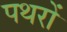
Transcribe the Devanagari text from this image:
पथरों